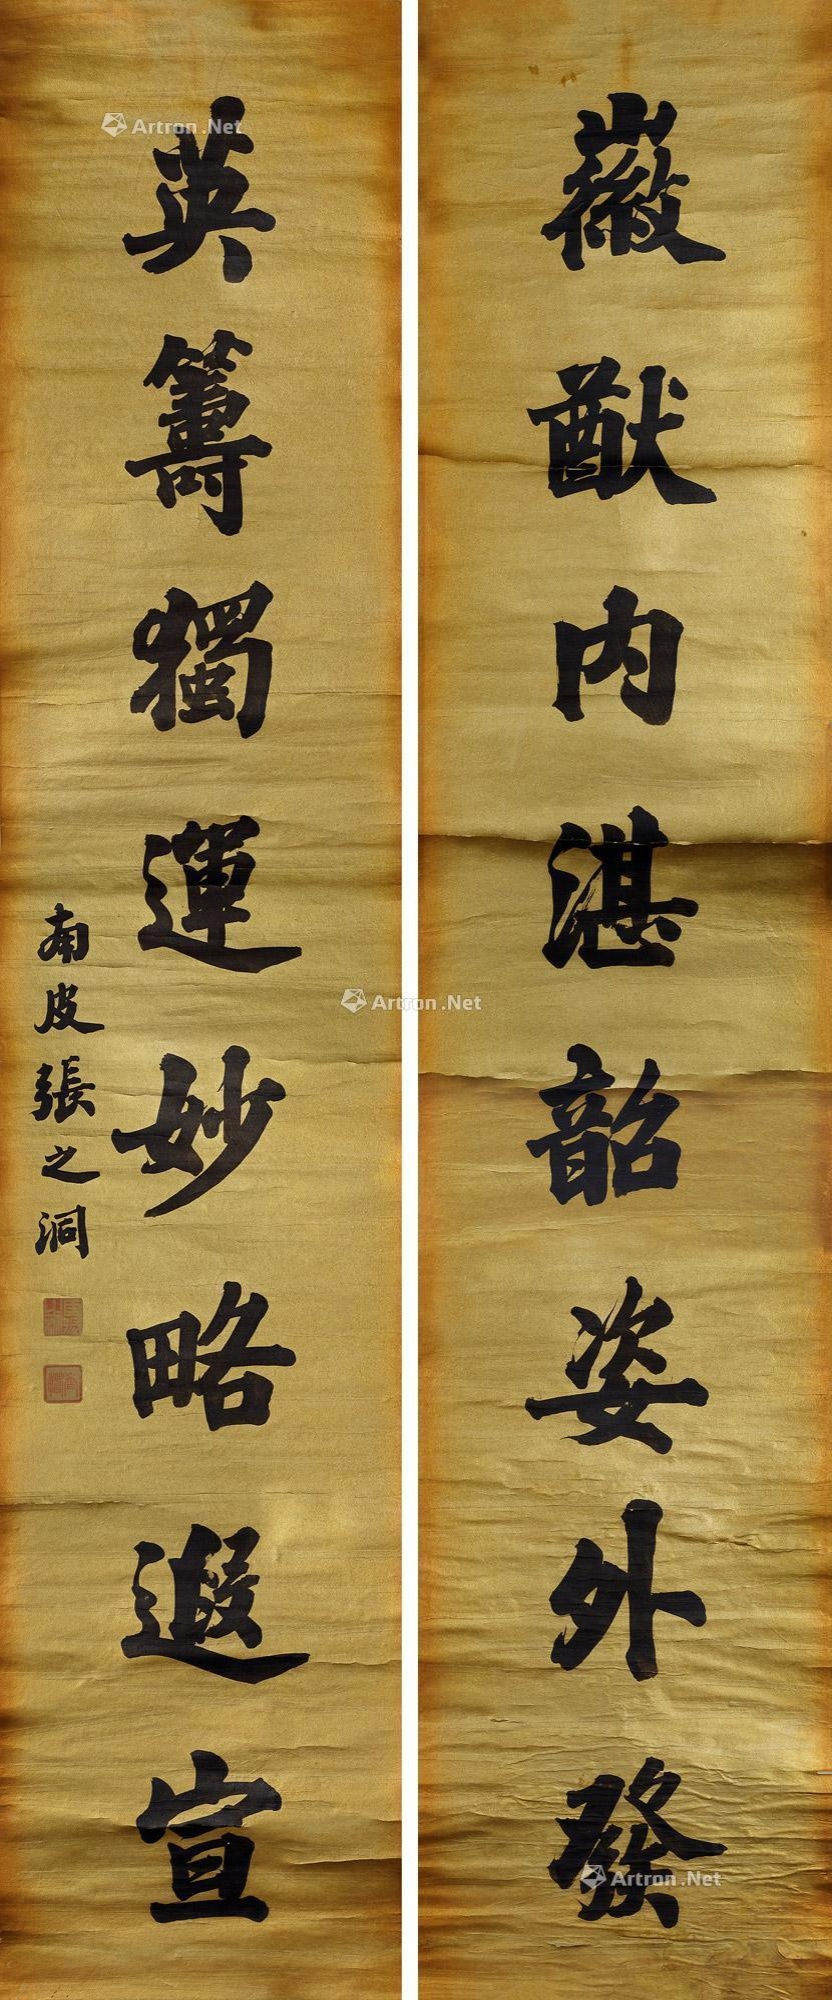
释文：徽猷内湛韶姿外发，英筹独运妙略遐宣。南皮张之洞。